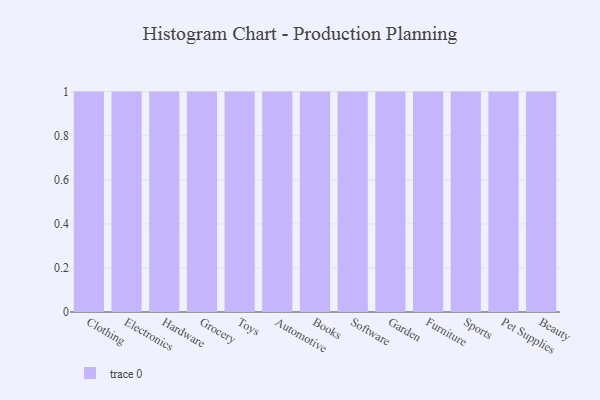
{"axis": {"x": "Category", "y": "Active Users"}, "legend": [""], "data": [{"x": "Clothing", "y": 72, "type": ""}, {"x": "Electronics", "y": 18, "type": ""}, {"x": "Hardware", "y": 51, "type": ""}, {"x": "Grocery", "y": 63, "type": ""}, {"x": "Toys", "y": 99, "type": ""}, {"x": "Automotive", "y": 3, "type": ""}, {"x": "Books", "y": 34, "type": ""}, {"x": "Software", "y": 53, "type": ""}, {"x": "Garden", "y": 55, "type": ""}, {"x": "Furniture", "y": 32, "type": ""}, {"x": "Sports", "y": 50, "type": ""}, {"x": "Pet Supplies", "y": 96, "type": ""}, {"x": "Beauty", "y": 26, "type": ""}]}